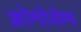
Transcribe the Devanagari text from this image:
क्रोमोसेम